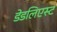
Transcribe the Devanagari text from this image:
डेडलिएस्ट